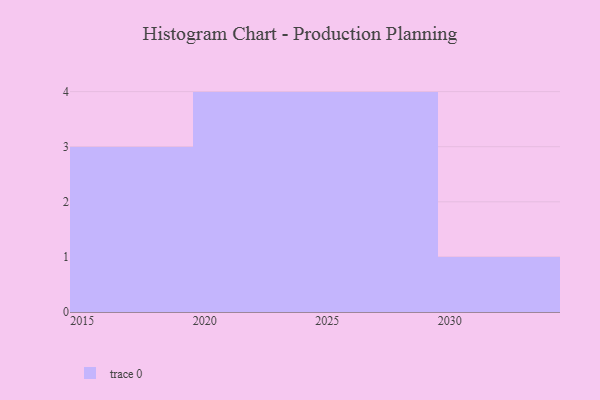
{"axis": {"x": "Year", "y": "Inventory Turnover"}, "legend": [""], "data": [{"x": "2027", "y": 49, "type": ""}, {"x": "2021", "y": 22, "type": ""}, {"x": "2023", "y": 68, "type": ""}, {"x": "2016", "y": 39, "type": ""}, {"x": "2028", "y": 66, "type": ""}, {"x": "2015", "y": 43, "type": ""}, {"x": "2017", "y": 36, "type": ""}, {"x": "2025", "y": 30, "type": ""}, {"x": "2024", "y": 74, "type": ""}, {"x": "2022", "y": 80, "type": ""}, {"x": "2029", "y": 51, "type": ""}, {"x": "2030", "y": 84, "type": ""}]}